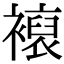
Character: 𧝘